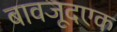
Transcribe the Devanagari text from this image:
बावजूदएक